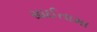
સાઈતામા